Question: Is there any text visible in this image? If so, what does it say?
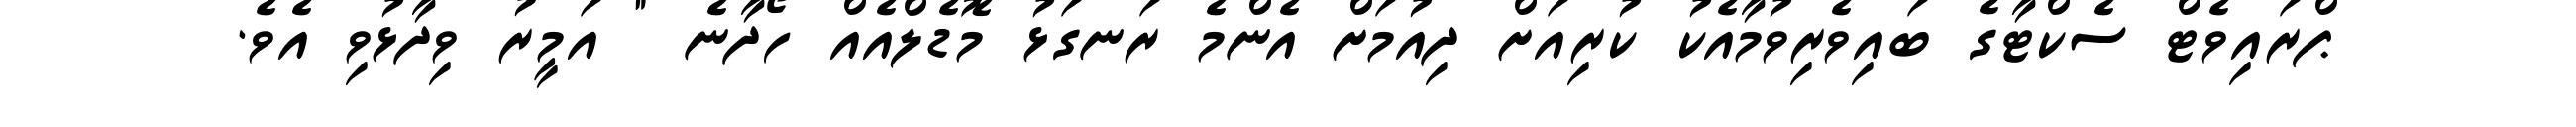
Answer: ޕްރައިވެޓް ސެކްޓާގެ ބައިވެރިވުމާއެކު ކުރިއަށް ދިއުމަށް އެންމެ ރަނގަޅު މޮޑެލްއެއް ހޯދާނެ " އަމީރު ވިދާޅުވި އެވެ.